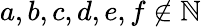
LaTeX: a,b,c,d,e,f\notin\mathbb{N}